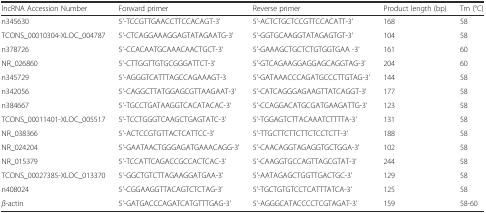
| lncRNA Accession Number | Forward primer | Reverse primer | Product length (bp) | Tm (°C) |
 | --- | --- | --- | --- | --- |
 | n345630 | 5'-TCCGTTGAACCTTCCACAGT-3' | 5'-ACTCTGCTCCGTTCCACATT-3' | 168 | 58 |
 | TCONS_00010304-XLOC_004787 | 5'-CTCAGGAAAGGAGTATAGAATG-3' | 5'-GGTGCAAGGTATAGAGTGT-3' | 104 | 58 |
 | n378726 | 5'-CCACAATGCAAACAACTGCT-3' | 5'-GAAAGCTGCTCTGTGGTGAA -3' | 161 | 60 |
 | NR_026860 | 5'-CTTGGTTGTGCGGGATTCT-3' | 5'-GTCAGAAGGAGGAGCAGGTAG-3' | 204 | 60 |
 | n345729 | 5'-AGGGTCATTTAGCCAGAAAGT-3 | 5'-GATAAACCCAGATGCCCTTGTAG-3' | 144 | 58 |
 | n342056 | 5'-CAGGCTTATGGAGCGTTAAGAAT-3' | 5'-CATCAGGGAGAAGTTATCAGGT-3' | 177 | 58 |
 | n384667 | 5'-TGCCTGATAAGGTCACATACAC-3' | 5'-CCAGGACATGCGATGAAGATTG-3' | 123 | 58 |
 | TCONS_00011401-XLOC_005517 | 5'-TCCTGGGTCAAGCTGAGTATC-3' | 5'-TGGAGTCTTACAAATCTTTTA-3' | 131 | 58 |
 | NR_038366 | 5'-ACTCCGTGTTACTCATTCC-3' | 5'-TTGCTTCTTCTTCTCCTCTT-3' | 188 | 58 |
 | NR_024204 | 5'-GAATAACTGGGAGATGAAACAGG-3' | 5'-CAACAGGTAGAGGTGCTGGA-3' | 102 | 58 |
 | NR_015379 | 5'-TCCATTCAGACCGCCACTCAC-3' | 5'-CAAGGTGCCAGTTAGCGTAT-3' | 244 | 58 |
 | TCONS_00027385-XLOC_013370 | 5'-GGCTGTCTTAGAAGGATGAA-3' | 5'-AATAGAGCTGGTTGACTGC-3' | 129 | 58 |
 | n408024 | 5'-CGGAAGGTTACAGTCTCTAG-3' | 5'-TGCTGTGTCCTCATTTATCA-3' | 125 | 58 |
 | β-actin | 5'-GATGACCCAGATCATGTTTGAG-3' | 5'-AGGGCATACCCCTCGTAGAT-3' | 159 | 58-60 |